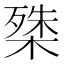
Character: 𭫔